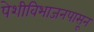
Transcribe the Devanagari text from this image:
पेशीविभाजनपासून